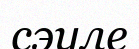
сэуле